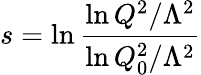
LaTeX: s=\ln\frac{\ln Q^{2}/\Lambda^{2}}{\ln Q_{0}^{2}/\Lambda^{2}}